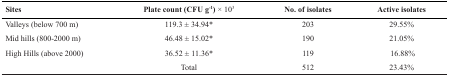
| Sites | Plate count (CFU g-1)× 103 | No. of isolates | Active isolates |
 | --- | --- | --- | --- |
 | Valleys(below 700 m) | 119.3±34.94* | 203 | 29.55% |
 | Mid hills(800-2000 m) | 46.48±15.02* | 190 | 21.05% |
 | High Hills(above 2000) | 36.52±11.36* | 119 | 16.88% |
 |  | Total | 512 | 23.43% |